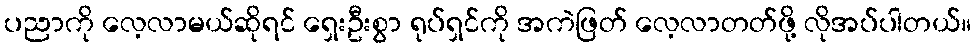
ပညာကို လေ့လာမယ်ဆိုရင် ရှေးဦးစွာ ရုပ်ရှင်ကို အကဲဖြတ် လေ့လာတတ်ဖို့ လိုအပ်ပါတယ်။